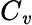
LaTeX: C_{\mathit{v}}